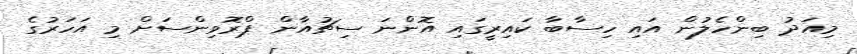
މިއަދު ބިންހެލުން އައި ހިސާބާ ކައިރީގައި އޮންނަ ސިޗުއާން ޕްރޮވިންސަށް މި އަހަރުގެ